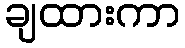
ချထားကာ